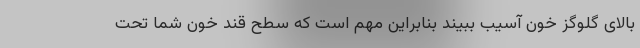
بالای گلوگز خون آسیب ببیند بنابراین مهم است که سطح قند خون شما تحت